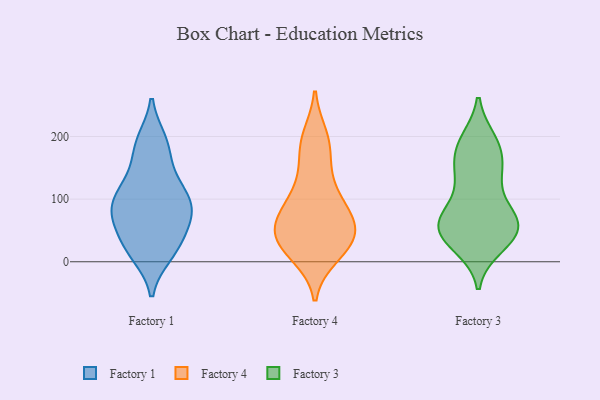
{"axis": {"x": "Energy Usage (MWh)", "y": "Value"}, "legend": ["Factory 1", "Factory 3", "Factory 4"], "data": [{"x": "", "y": 189, "type": "Factory 1"}, {"x": "", "y": 29, "type": "Factory 1"}, {"x": "", "y": 127, "type": "Factory 1"}, {"x": "", "y": 108, "type": "Factory 1"}, {"x": "", "y": 75, "type": "Factory 1"}, {"x": "", "y": 14, "type": "Factory 1"}, {"x": "", "y": 188, "type": "Factory 1"}, {"x": "", "y": 156, "type": "Factory 1"}, {"x": "", "y": 12, "type": "Factory 1"}, {"x": "", "y": 88, "type": "Factory 1"}, {"x": "", "y": 90, "type": "Factory 1"}, {"x": "", "y": 98, "type": "Factory 1"}, {"x": "", "y": 193, "type": "Factory 1"}, {"x": "", "y": 89, "type": "Factory 1"}, {"x": "", "y": 85, "type": "Factory 1"}, {"x": "", "y": 61, "type": "Factory 1"}, {"x": "", "y": 128, "type": "Factory 1"}, {"x": "", "y": 57, "type": "Factory 1"}, {"x": "", "y": 40, "type": "Factory 1"}, {"x": "", "y": 17, "type": "Factory 1"}, {"x": "", "y": 48, "type": "Factory 4"}, {"x": "", "y": 199, "type": "Factory 4"}, {"x": "", "y": 11, "type": "Factory 4"}, {"x": "", "y": 148, "type": "Factory 4"}, {"x": "", "y": 59, "type": "Factory 4"}, {"x": "", "y": 15, "type": "Factory 4"}, {"x": "", "y": 96, "type": "Factory 4"}, {"x": "", "y": 25, "type": "Factory 4"}, {"x": "", "y": 74, "type": "Factory 4"}, {"x": "", "y": 183, "type": "Factory 4"}, {"x": "", "y": 120, "type": "Factory 4"}, {"x": "", "y": 192, "type": "Factory 4"}, {"x": "", "y": 31, "type": "Factory 4"}, {"x": "", "y": 97, "type": "Factory 4"}, {"x": "", "y": 72, "type": "Factory 4"}, {"x": "", "y": 46, "type": "Factory 4"}, {"x": "", "y": 34, "type": "Factory 4"}, {"x": "", "y": 56, "type": "Factory 4"}, {"x": "", "y": 25, "type": "Factory 3"}, {"x": "", "y": 65, "type": "Factory 3"}, {"x": "", "y": 39, "type": "Factory 3"}, {"x": "", "y": 33, "type": "Factory 3"}, {"x": "", "y": 67, "type": "Factory 3"}, {"x": "", "y": 141, "type": "Factory 3"}, {"x": "", "y": 193, "type": "Factory 3"}, {"x": "", "y": 39, "type": "Factory 3"}, {"x": "", "y": 74, "type": "Factory 3"}, {"x": "", "y": 59, "type": "Factory 3"}, {"x": "", "y": 76, "type": "Factory 3"}, {"x": "", "y": 58, "type": "Factory 3"}, {"x": "", "y": 78, "type": "Factory 3"}, {"x": "", "y": 135, "type": "Factory 3"}, {"x": "", "y": 150, "type": "Factory 3"}, {"x": "", "y": 191, "type": "Factory 3"}, {"x": "", "y": 184, "type": "Factory 3"}, {"x": "", "y": 40, "type": "Factory 3"}, {"x": "", "y": 181, "type": "Factory 3"}, {"x": "", "y": 136, "type": "Factory 3"}]}